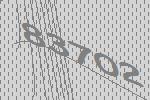
83702